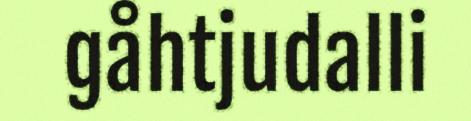
gåhtjudalli